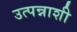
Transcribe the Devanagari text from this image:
उत्पन्नाशी